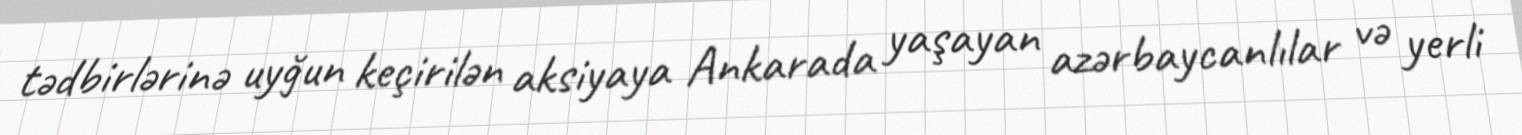
tədbirlərinə uyğun keçirilən aksiyaya Ankarada yaşayan azərbaycanlılar və yerli